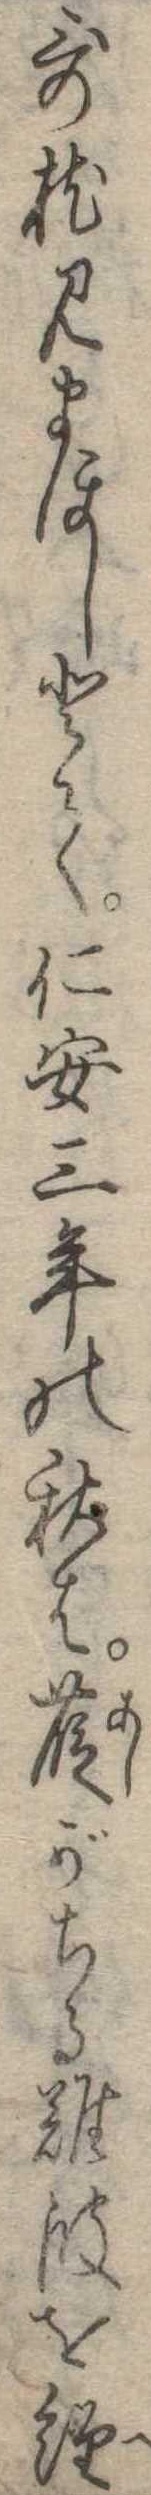
歌枕見まほしとて仁安三年の秋は葭がちる難波を経